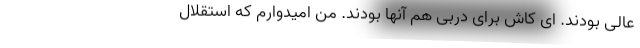
عالی بودند. ای کاش برای دربی هم آنها بودند. من امیدوارم که استقلال